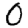
Digit: 0